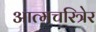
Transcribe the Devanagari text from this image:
आत्मचरित्रेर